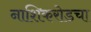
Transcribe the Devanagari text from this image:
नाशिकरोडचा